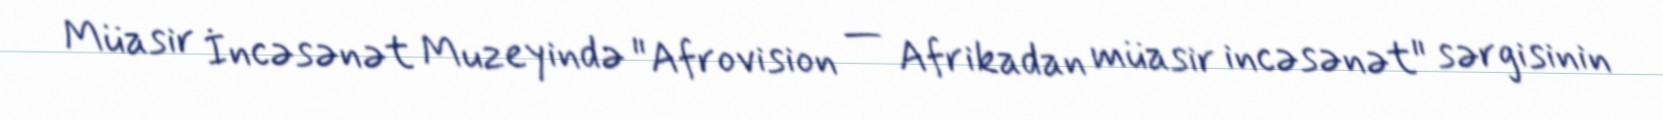
Müasir İncəsənət Muzeyində "Afrovision — Afrikadan müasir incəsənət" sərgisinin